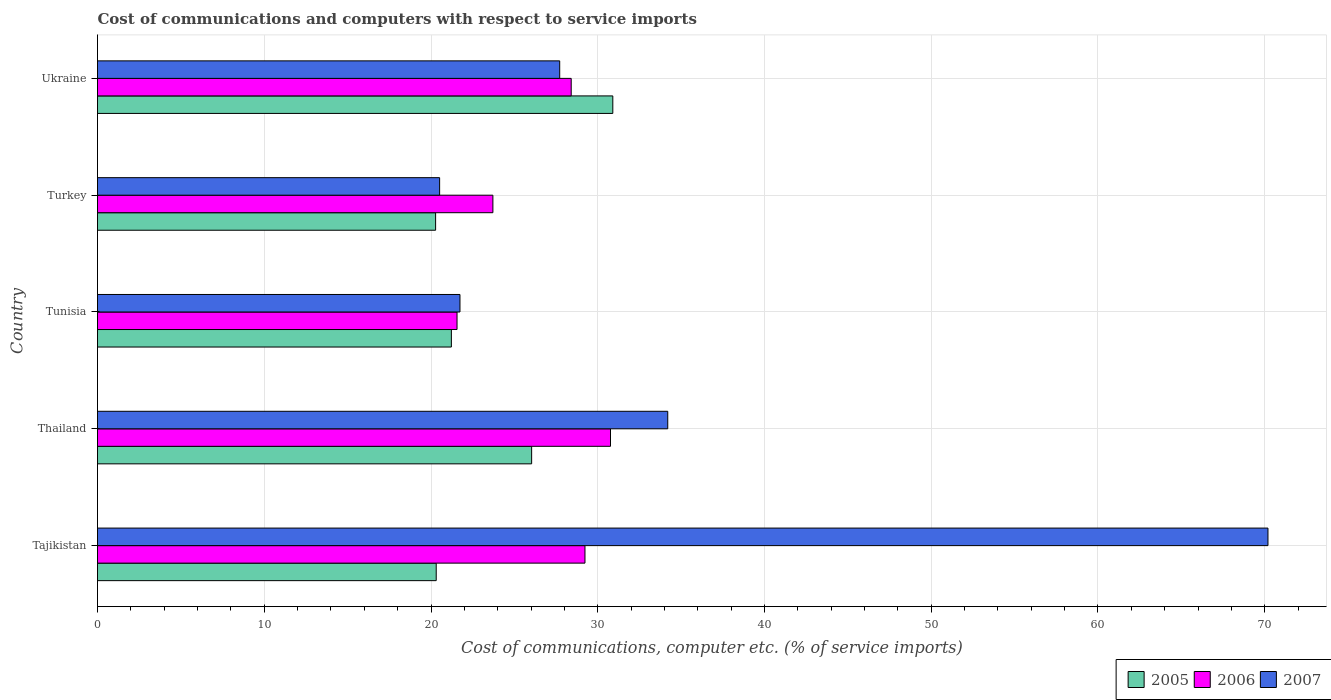
| Country | 2005 | 2006 | 2007 |
 | --- | --- | --- | --- |
 | Tajikistan | 20.3 | 29.2 | 70.2 |
 | Thailand | 26 | 30.8 | 34.2 |
 | Tunisia | 21.2 | 21.6 | 21.7 |
 | Turkey | 20.3 | 23.7 | 20.5 |
 | Ukraine | 30.9 | 28.4 | 27.7 |